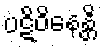
ပဋိဝိနေန္တိ